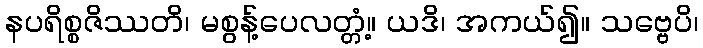
နပရိစ္စဇိဿတိ၊ မစွန့်ပေလတ္တံ့။ ယဒိ၊ အကယ်၍။ သဗ္ဗေပိ၊